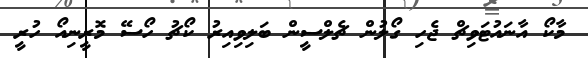
މާކޯ އާނައުޓަވިޗް ޖެހި ގޯލުން ޗެލްސީން ބަލިވިއިރު ކޯޗު ހޯސޭ މޮރީނިއޯ ހުރީ